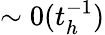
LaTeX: \sim 0(t_{h}^{-1})